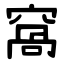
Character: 窩